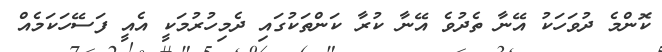
ކޮންމެ ދުވަހަކު އޭނާ ތެދުވެ އޭނާ ކުރާ ކަންތަކުގައި ދެމިހުރުމަކީ އެއީ ފަސޭހަކަމެއް